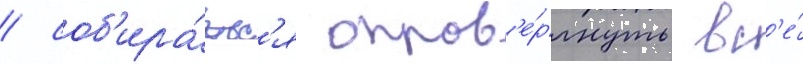
/ соб'ира́етс'я опров'е́ргнуть вс'е́